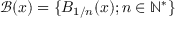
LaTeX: { \mathcal { B } } ( x ) = \{ B _ { 1 / n } ( x ) ; n \in \mathbb { N } ^ { * } \}